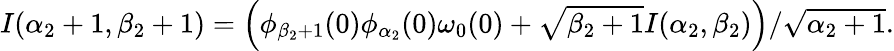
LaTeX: \begin{array}{r}{I(\alpha_{2}+1,\beta_{2}+1)=\left(\phi_{\beta_{2}+1}(0)\phi_{\alpha_{2}}(0)\omega_{0}(0)+\sqrt{\beta_{2}+1}I(\alpha_{2},\beta_{2})\right)/\sqrt{\alpha_{2}+1}.}\end{array}